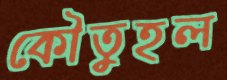
কৌতুহল